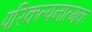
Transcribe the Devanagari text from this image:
परिकल्‍पनात्‍मक